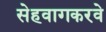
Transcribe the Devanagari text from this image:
सेहवागकरवे